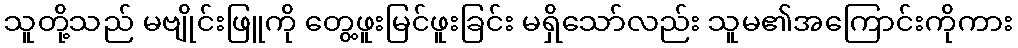
သူတို့သည် မဗျိုင်းဖြူကို တွေ့ဖူးမြင်ဖူးခြင်း မရှိသော်လည်း သူမ၏အကြောင်းကိုကား